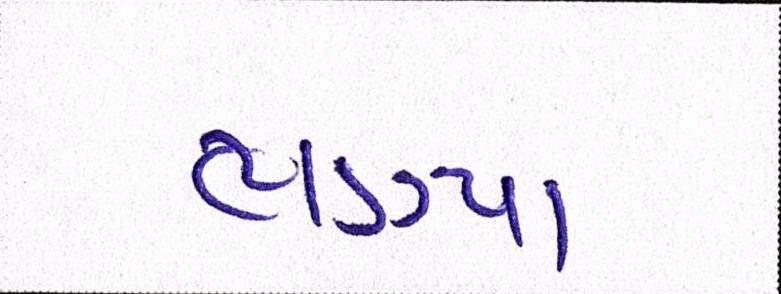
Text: ભણ્યા